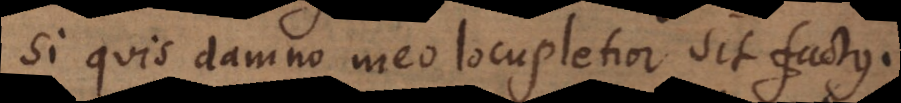
Si quis damno meo locupletior sit factus.